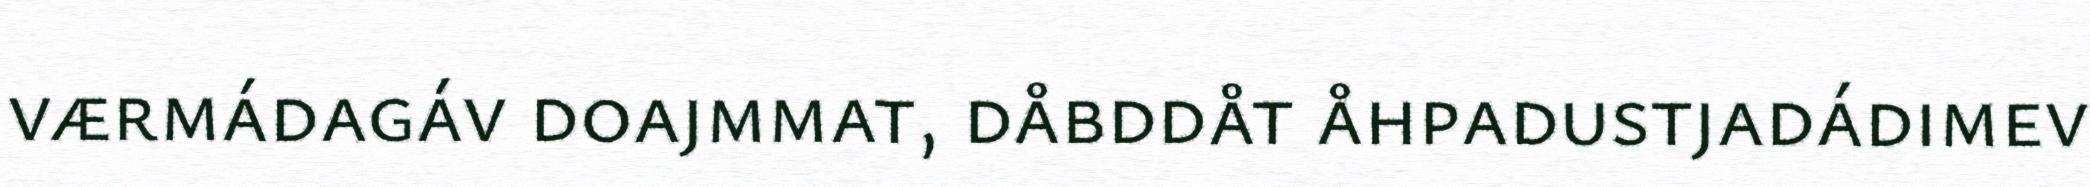
værmádagáv doajmmat, dåbddåt åhpadustjadádimev